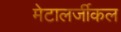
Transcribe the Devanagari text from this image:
मेटालर्जीकल